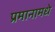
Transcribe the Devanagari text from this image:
प्रमानामधे